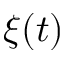
\xi ( t )